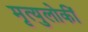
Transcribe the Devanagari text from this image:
मृत्युलोकीं